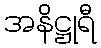
အနိဋ္ဌုရီ